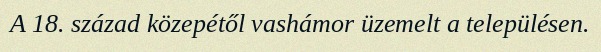
A 18. század közepétől vashámor üzemelt a településen.